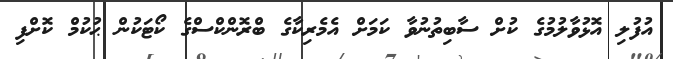
އުފުލި އޮޅުވާލުމުގެ ކުށް ސާބިތުނުވާ ކަމަށް އެމެރިކާގެ ބްރޮންކްސްގެ ކޯޓަކުން ޙުކުމް ކޮށްފި